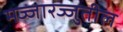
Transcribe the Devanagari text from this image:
मज्जारज्जुतील